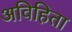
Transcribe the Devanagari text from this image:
अविहिता